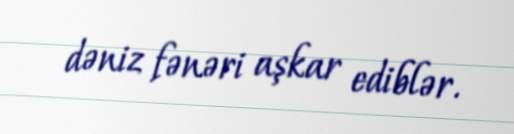
dəniz fənəri aşkar ediblər.